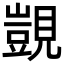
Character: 覬